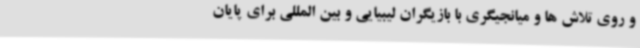
و روی تلاش ها و میانجیگری با بازیگران لیبیایی و بین المللی برای پایان